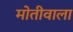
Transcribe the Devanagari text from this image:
मोतीवाला